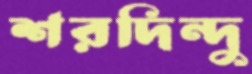
শরদিন্দু